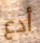
أدع